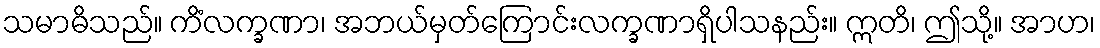
သမာဓိသည်။ ကိံလက္ခဏာ၊ အဘယ်မှတ်ကြောင်းလက္ခဏာရှိပါသနည်း။ ဣတိ၊ ဤသို့။ အာဟ၊